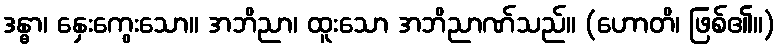
ဒန္ဓာ၊ နှေးကွေးသော။ အဘိညာ၊ ထူးသော အဘိညာဏ်သည်။ (ဟောတိ၊ ဖြစ်၏။)